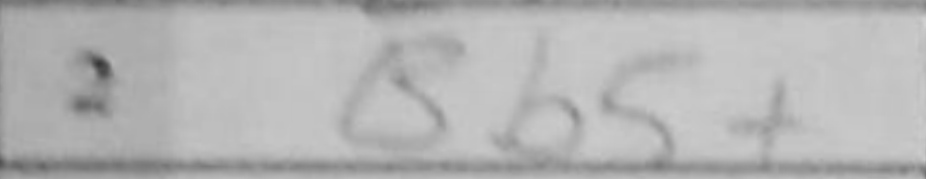
Transcription: Bb5+